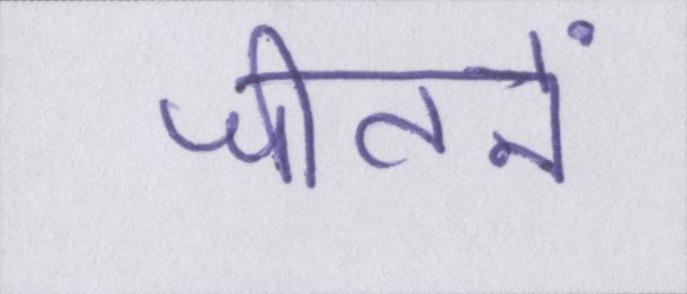
जीतनें